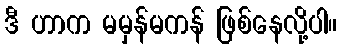
ဒီ ဟာက မမှန်မကန် ဖြစ်နေလို့ပါ။